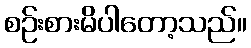
စဉ်းစားမိပါတော့သည်။